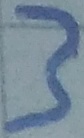
Text: 3